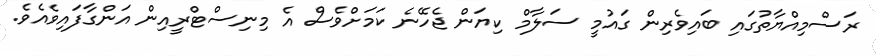
ރަސްމިއްޔާތުގައި ބައިވެރިން ގައުމީ ސަލާމް ކިޔަަން ޖެހޭނެ ކަމަށްވެސް އެ މިނިސްޓްރީއިން އަންގާފައިވެއެވެ.